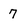
Character: 7